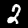
Label: 2